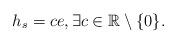
LaTeX: \begin{align*}h_s=ce, \exists c \in {\mathbb R}\setminus \{0\}.\end{align*}